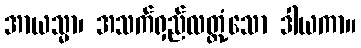
အာယသ္မာ၊ အသက်ရှည်လတ္တံ့သော ဒါယကာ။